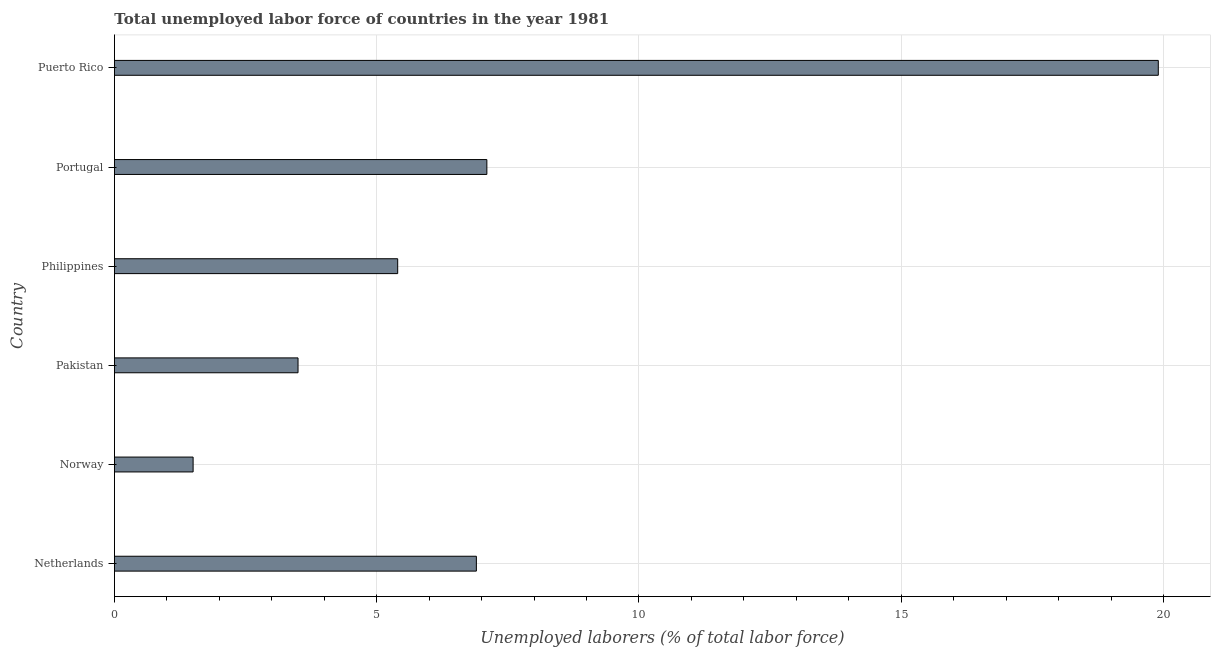
| Country | Unemployment total |
 | --- | --- |
 | Netherlands | 6.9 |
 | Norway | 1.5 |
 | Pakistan | 3.5 |
 | Philippines | 5.4 |
 | Portugal | 7.1 |
 | Puerto Rico | 19.9 |